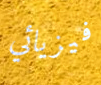
فيزيائي